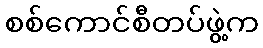
စစ်ကောင်စီတပ်ဖွဲ့က